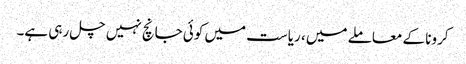
کرونا کے معاملے میں ، ریاست میں کوئی جانچ نہیں چل رہی ہے۔